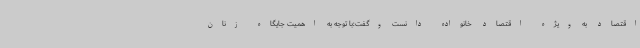
اقتصاد به ویژه اقتصاد خانواده دانست وگفت:با توجه به اهمیت جایگاه زنان